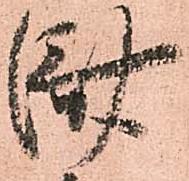
済